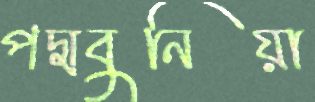
পদ্মবুনিয়া